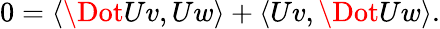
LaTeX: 0=\langle\Dot{U}v,Uw\rangle+\langle Uv,\Dot{U}w\rangle.